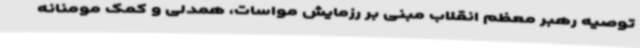
توصیه رهبر معظم انقلاب مبنی بر رزمایش مواسات، همدلی و کمک مومنانه